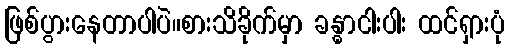
ဖြစ်ပွားနေတာပါပဲ။စားသိခိုက်မှာ ခန္ဓာငါးပါး ထင်ရှားပုံ